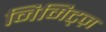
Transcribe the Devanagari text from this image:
निमिट्ज़